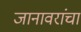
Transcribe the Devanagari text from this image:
जानावरांचा